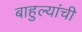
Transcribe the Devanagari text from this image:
बाहुल्यांची